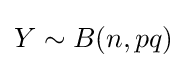
Y\sim B(n,pq)